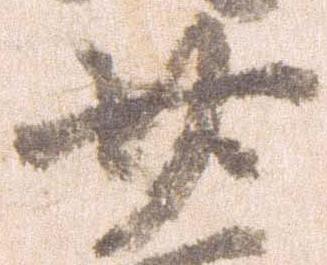
廿